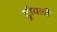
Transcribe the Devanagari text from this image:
ट्रौयली